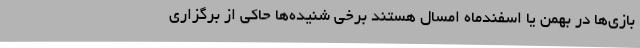
بازی‌ها در بهمن یا اسفندماه امسال هستند برخی شنیده‌ها حاکی از برگزاری